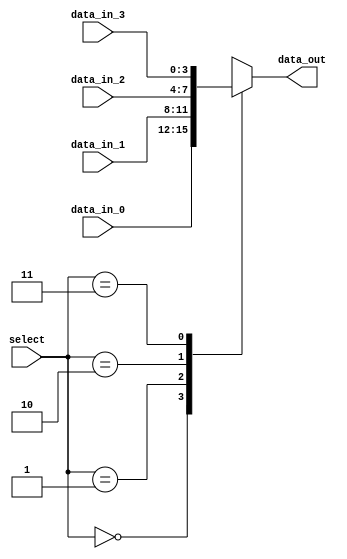
module multiplexer_4to1 (
    input [3:0] data_in_0,
    input [3:0] data_in_1,
    input [3:0] data_in_2,
    input [3:0] data_in_3,
    input [1:0] select,
    output reg [3:0] data_out
);

always @(*) begin
    case(select)
        2'b00: data_out = data_in_0; // Select data_in_0 when select is 00
        2'b01: data_out = data_in_1; // Select data_in_1 when select is 01
        2'b10: data_out = data_in_2; // Select data_in_2 when select is 10
        2'b11: data_out = data_in_3; // Select data_in_3 when select is 11
    endcase
end

endmodule